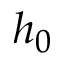
h _ { 0 }